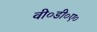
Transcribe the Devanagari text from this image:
वी०डी०ए०